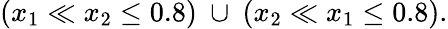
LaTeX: (x_{1}\ll x_{2}\leq 0.8)\ \cup\ (x_{2}\ll x_{1}\leq 0.8).